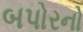
બપોરનો